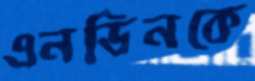
এনডিনকে